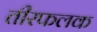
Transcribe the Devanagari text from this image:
तीरफलक